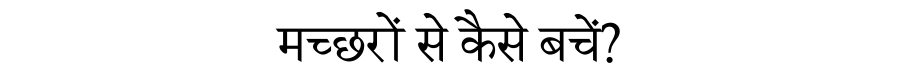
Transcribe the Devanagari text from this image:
मच्छरों से कैसे बचें?